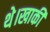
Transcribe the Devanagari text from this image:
थे।खाकी